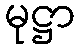
မုဋ္ဌာ